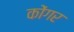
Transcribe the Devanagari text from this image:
कोंगर